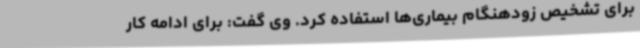
برای تشخیص زودهنگام بیماری‌ها استفاده کرد. وی گفت: برای ادامه‌ کار